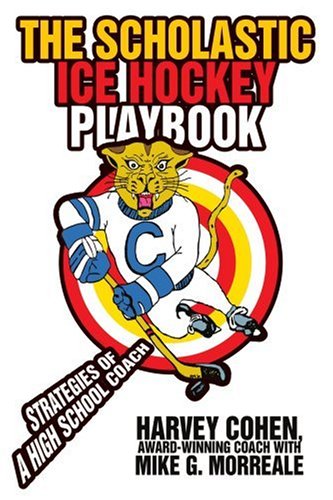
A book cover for The Scholastic Ice Hockey Playbook: Strategies of a high school coach; Harvey Cohen; Sports & Outdoors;